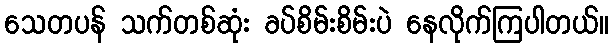
သေတပန် သက်တစ်ဆုံး ခပ်စိမ်းစိမ်းပဲ နေလိုက်ကြပါတယ်။